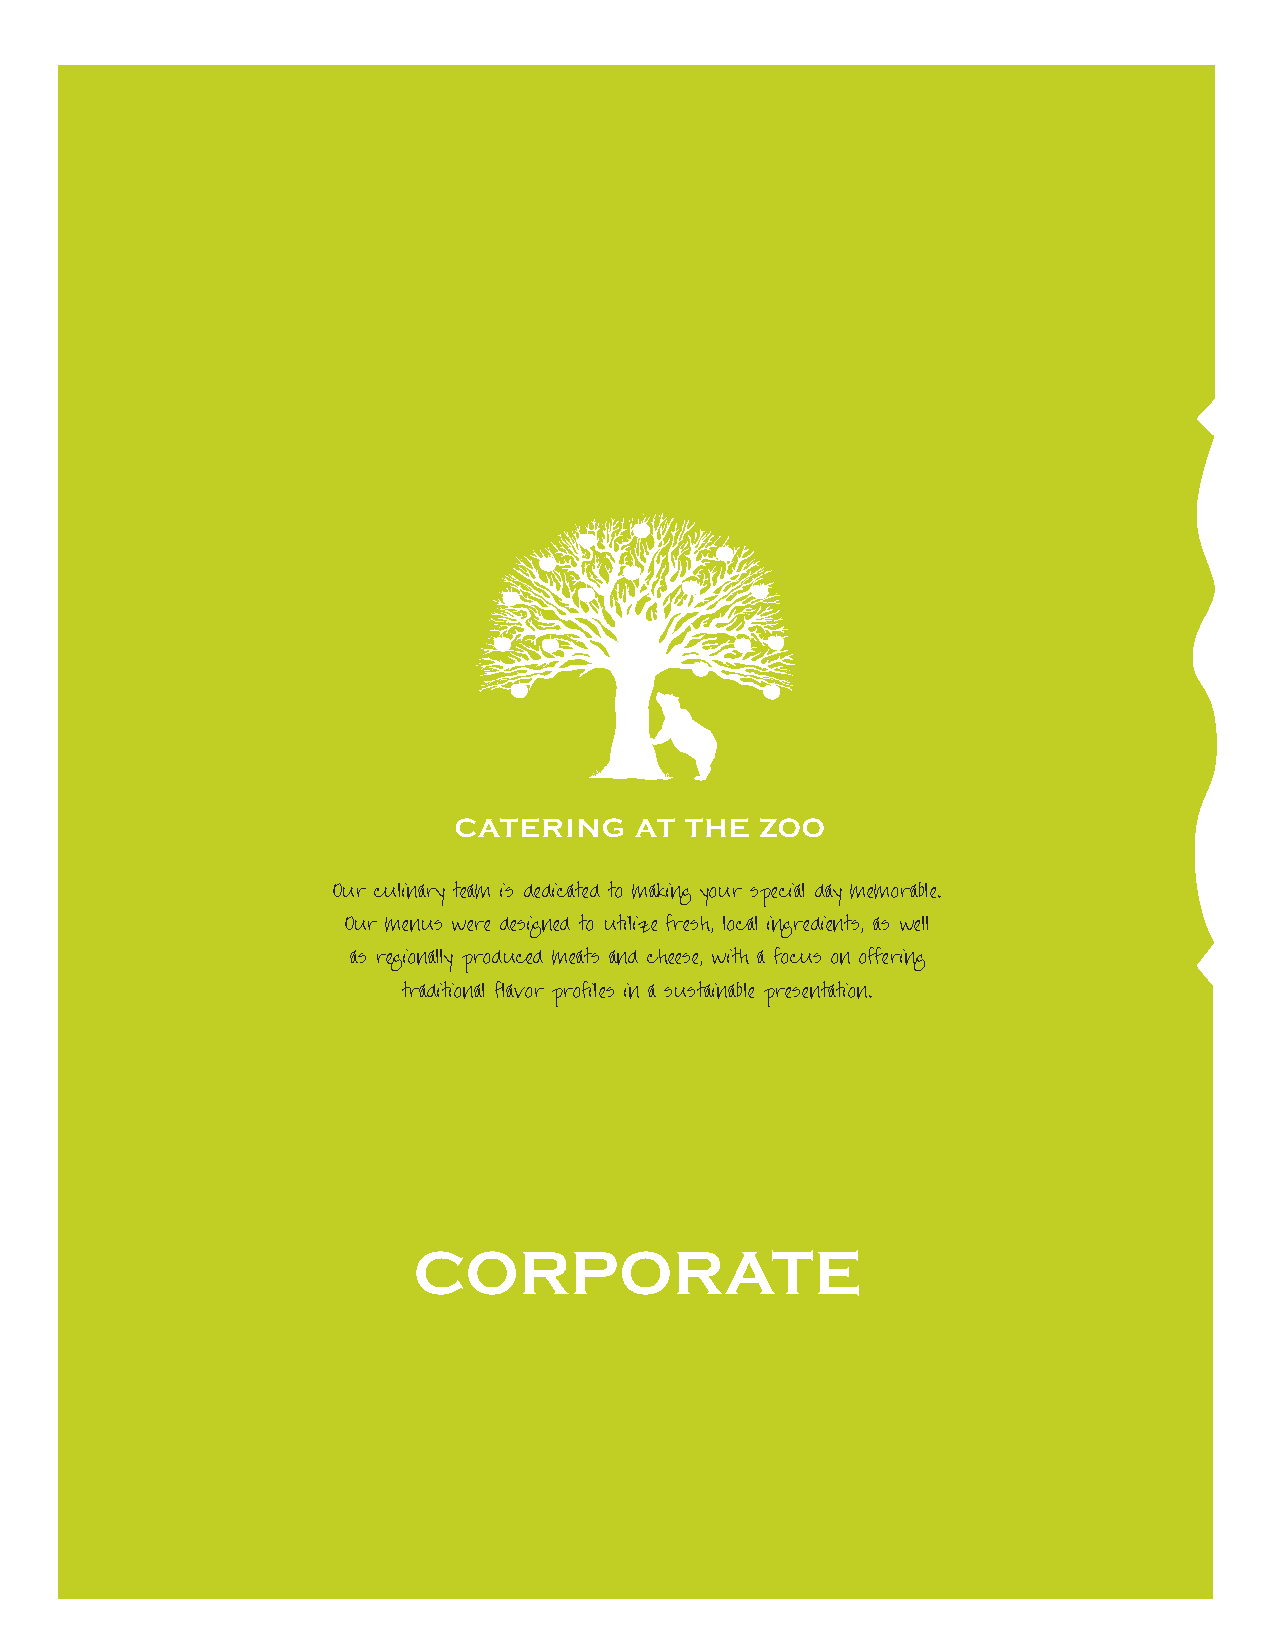
Our culinary team is dedicated to making your special day memorable.
 Our menus were designed to utilize fresh, local ingredients, as well
 as regionally produced meats and cheese, with a focus on offering
 traditional flavor profiles in a sustainable presentation.
 CORPORATE
 catering at the zoo CORPORATE PACKAGES 2021 | ONE CONSERVATION PLACE, SYRACUSE, NY 13204 | (315) 435-8511 x8543 | CATERINGATTHEZOO.ORG